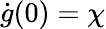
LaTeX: {\dot{g}}(0)=\chi